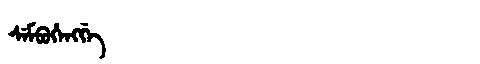
Manchu: ᠰᡝᠮᠪᡠᡥᡝᠩᡤᡝ
Romanization: SEMBUHENGGE